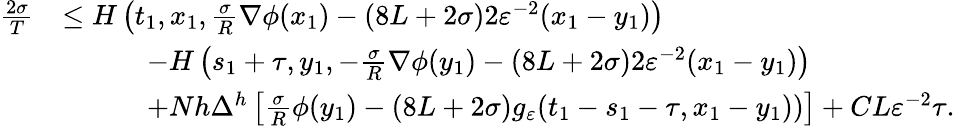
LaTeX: \begin{array}{rl}{\frac{2\sigma}{T}}&{\leq H\left(t_{1},x_{1},\frac\sigma{R}\nabla\phi(x_{1})-(8L+2\sigma)2\varepsilon^{-2}(x_{1}-y_{1})\right)}\\ &{\qquad\quad-H\left(s_{1}+\tau,y_{1},-\frac\sigma{R}\nabla\phi(y_{1})-(8L+2\sigma)2\varepsilon^{-2}(x_{1}-y_{1})\right)}\\ &{\qquad\quad+Nh\Delta^{h}\left[\frac{\sigma}{R}\phi(y_{1})-(8L+2\sigma)g_{\varepsilon}(t_{1}-s_{1}-\tau,x_{1}-y_{1}))\right]+CL\varepsilon^{-2}\tau.}\end{array}